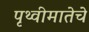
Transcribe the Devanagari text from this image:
पृथ्वीमातेचे